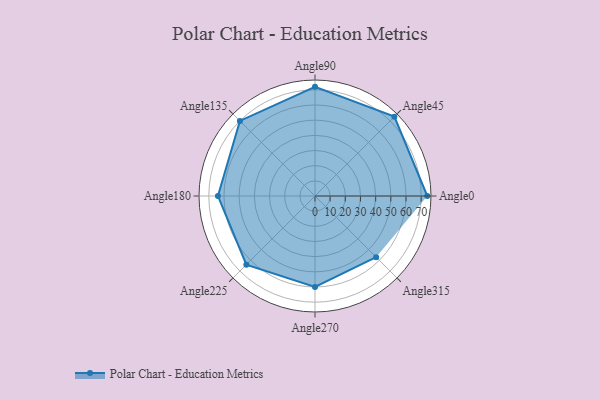
{"axis": {"x": "Angle", "y": "Radius"}, "legend": [""], "data": [{"x": "Angle0", "y": 74.0, "type": ""}, {"x": "Angle45", "y": 74.0, "type": ""}, {"x": "Angle90", "y": 72.0, "type": ""}, {"x": "Angle135", "y": 70.0, "type": ""}, {"x": "Angle180", "y": 64.0, "type": ""}, {"x": "Angle225", "y": 64.0, "type": ""}, {"x": "Angle270", "y": 60.0, "type": ""}, {"x": "Angle315", "y": 57.0, "type": ""}]}